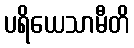
ပရိယေသာမီတိ